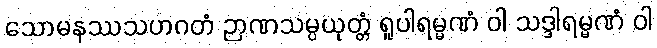
သောမနဿသဟဂတံ ဉာဏသမ္ပယုတ္တံ ရူပါရမ္မဏံ ဝါ သဒ္ဒါရမ္မဏံ ဝါ